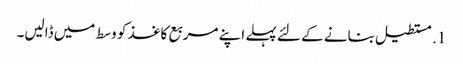
1. مستطیل بنانے کے لئے پہلے اپنے مربع کاغذ کو وسط میں ڈالیں۔